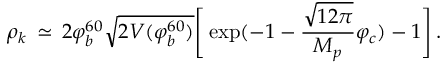
\rho _ { k } \, \simeq \, 2 \varphi _ { b } ^ { 6 0 } \sqrt { 2 V ( \varphi _ { b } ^ { 6 0 } ) } \Biggr [ \exp ( - 1 - \frac { \sqrt { 1 2 \pi } } { M _ { p } } \varphi _ { c } ) - 1 \Biggr ] \, .